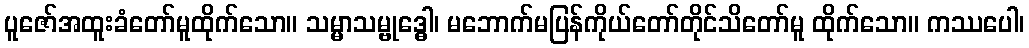
ပူဇော်အထူးခံတော်မူထိုက်သော။ သမ္မာသမ္ဗုဒ္ဓေါ၊ မဘောက်မပြန်ကိုယ်တော်တိုင်သိတော်မူ ထိုက်သော။ ကဿပေါ၊